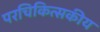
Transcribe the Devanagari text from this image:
परचिकित्सकीय